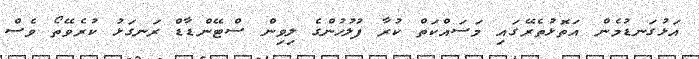
އަޅުގަނޑުމެން އަތޮޅުތެރޭގައި މަސައްކަތް ކުރާ ފުލުހުންގެ ލިވިން ސްޓޭންޑާޑް ރަނގަޅު ކުރެވޭތޯ ވެސް